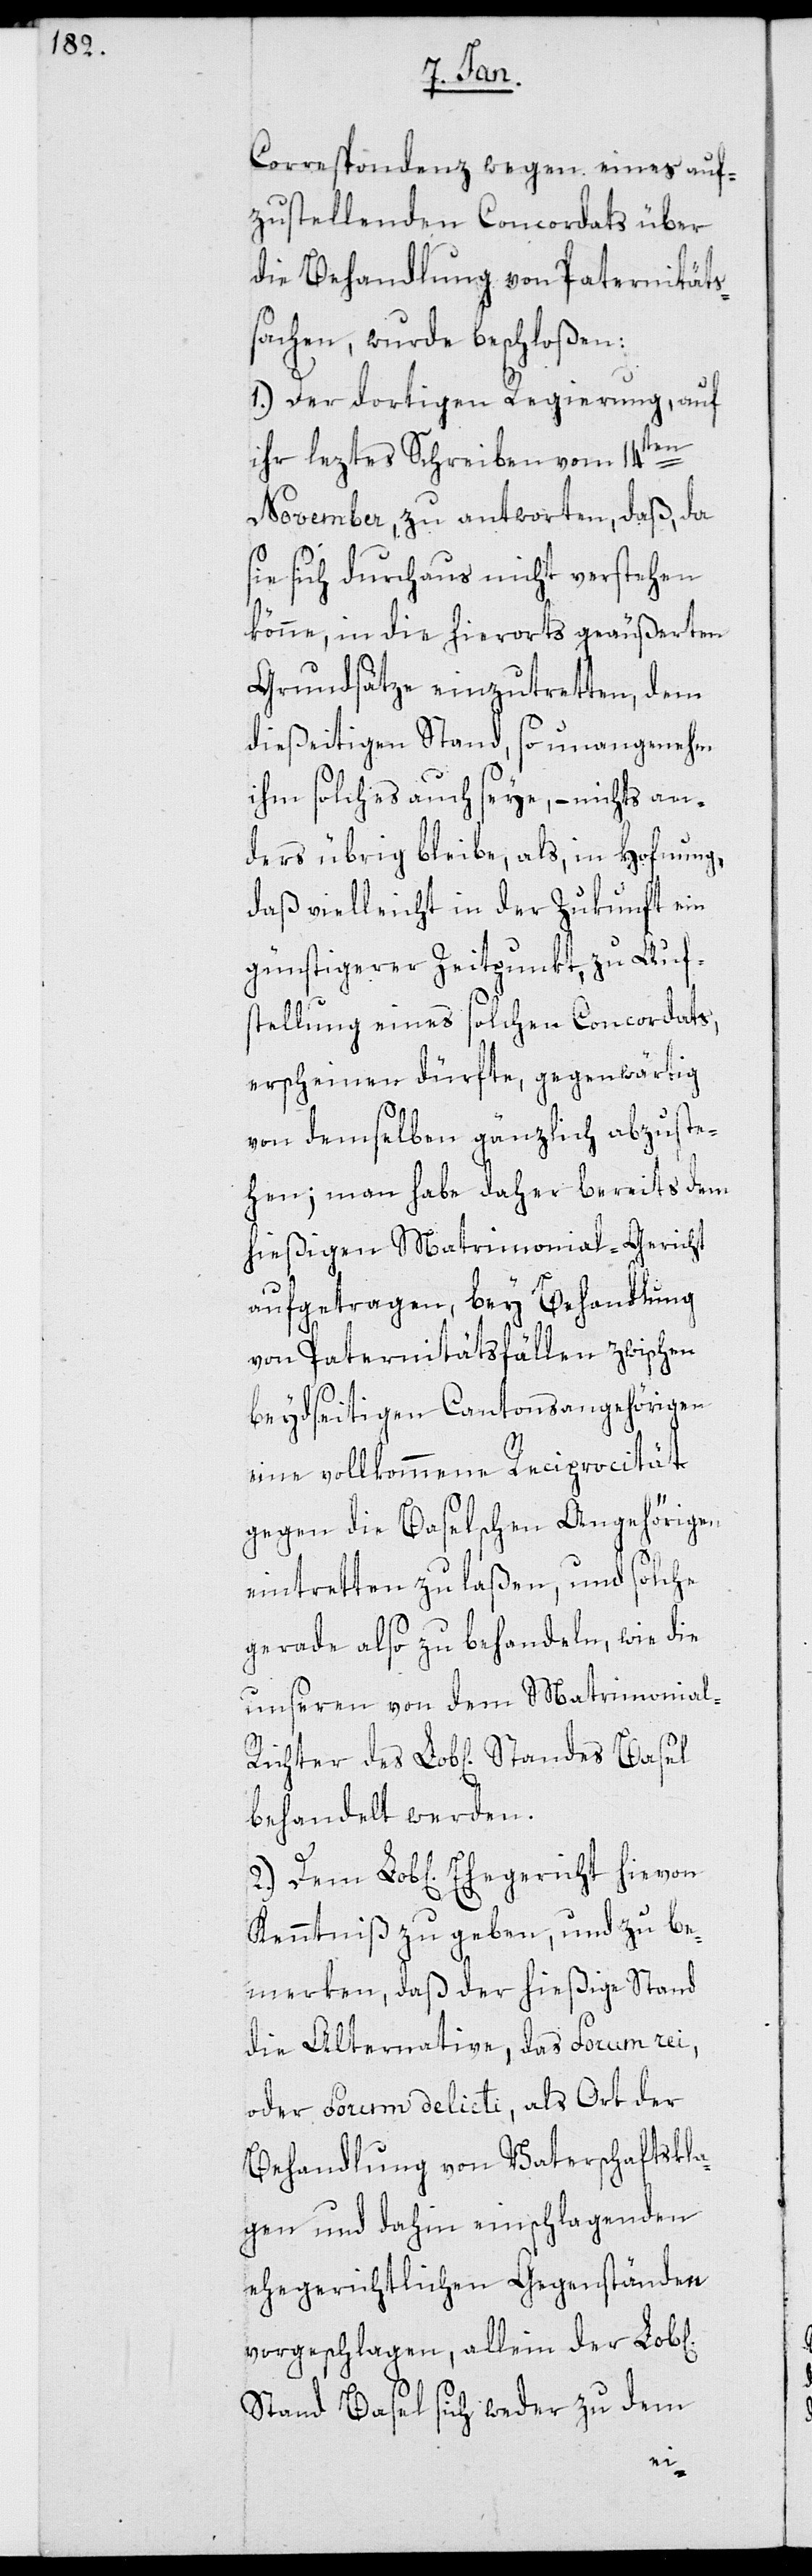
Corrspondenz wegen eines auf¬
zustellenden Concordats über
die Behandlung von Paternitäts¬
sachen, wurde beschloßen:
1.) Der dortigen Regierung, auf
ihr leztes Schreiben vom 14ten
November, zu antworten, daß, da
sie sich durchaus nicht verstehen
könne, in die hierorts geäußerten
Grundsätze einzutretten, dem
dießeitigen Stand, so unangenehm
ihm solches auch seye, – nichts an¬
ders übrig bleibe, als, in Hofnung,
daß vielleicht in der Zukunft ein
günstigerer Zeitpunkt, zu Auf¬
stellung eines solchen Concordats,
erscheinen dürfte, gegenwärtig
von demselben gänzlich abzuste¬
hen; man habe daher bereits dem
hießigen Matrimonial-Gericht
aufgetragen, bey Behandlung
von Paternitätsfällen zwischen
beydseitigen Cantonsangehörigen
eine vollkommene Reciprocität
gegen die Basler Angehörigen
eintretten zu laßen, und solche
gerade also zu behandeln, wie die
unseren von dem Matrimonial-R¬
behandelt werden.
Kenntniß zu geben, und zu be¬
merken, daß der hießige Stand
die Alternative, das Forum rei,
oder Forum delicti, als Ort der
Behandlung von Vaterschaftskla¬
gen und dahin einschlagenden
ehegerichtlichen Gegenständen
vorgeschlagen, allein der Lob[l¬
Stand Basel sich weder zu dem
iche]